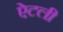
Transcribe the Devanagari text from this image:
ऐटली